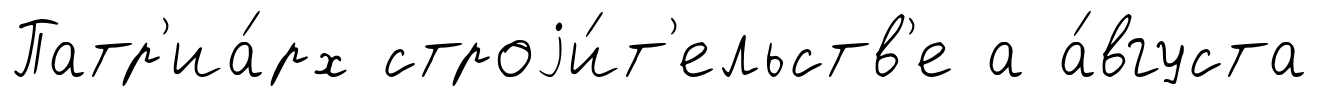
Патр'иа́рх строjи́т'ельств'е а а́вгуста